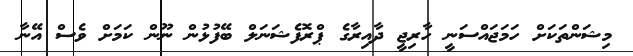
މިޝަންތަކަށް ހަމަޖައްސަނީ ހާރިޖީ ދާއިރާގެ ޕްރޮފެޝަނަލް ބޭފުޅުން ނޫން ކަމަށް ވެސް އޭނާ